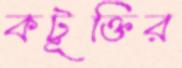
কটূক্তির